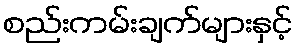
စည်းကမ်းချက်များနှင့်